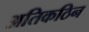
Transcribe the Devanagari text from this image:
अतिकठिन